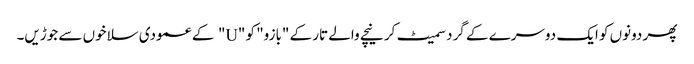
پھر دونوں کو ایک دوسرے کے گرد سمیٹ کر نیچے والے تار کے "بازو" کو "U" کے عمودی سلاخوں سے جوڑیں۔